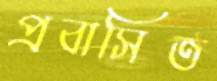
প্রবাসিত